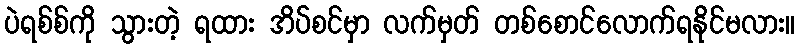
ပဲရစ်စ်ကို သွားတဲ့ ရထား အိပ်စင်မှာ လက်မှတ် တစ်စောင်လောက်ရနိုင်မလား။